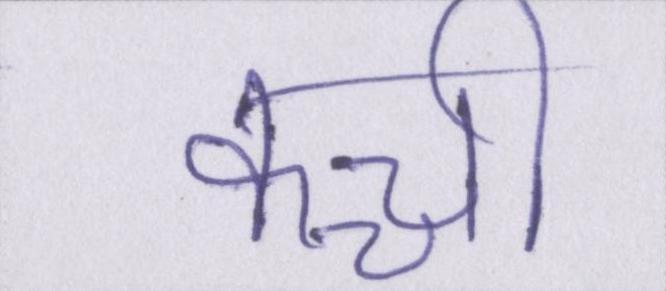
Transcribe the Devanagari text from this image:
कच्ची